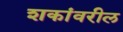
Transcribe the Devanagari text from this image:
शकांवरील